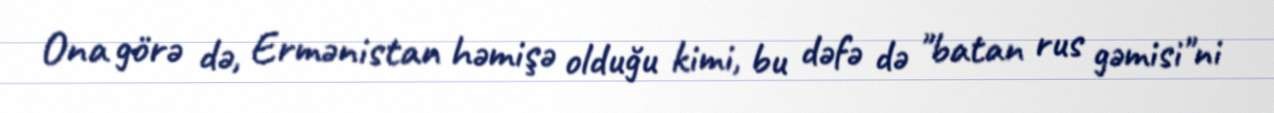
Ona görə də, Ermənistan həmişə olduğu kimi, bu dəfə də "batan rus gəmisi"ni